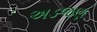
અડજણ